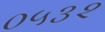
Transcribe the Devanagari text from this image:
०५३२